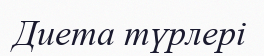
Диета түрлері